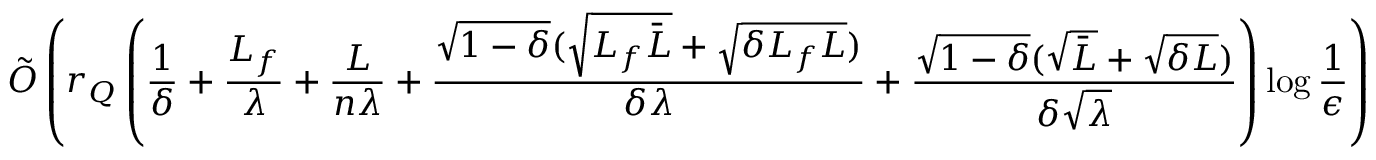
{ \tilde { \cal O } } \left( r _ { Q } \left( \frac { 1 } { \delta } + \frac { L _ { f } } { \lambda } + \frac { L } { n \lambda } + \frac { \sqrt { 1 - \delta } ( \sqrt { L _ { f } { \bar { L } } } + \sqrt { \delta L _ { f } L } ) } { \delta \lambda } + \frac { \sqrt { 1 - \delta } ( \sqrt { \bar { L } } + \sqrt { \delta L } ) } { \delta \sqrt { \lambda } } \right) \log \frac { 1 } { \epsilon } \right)